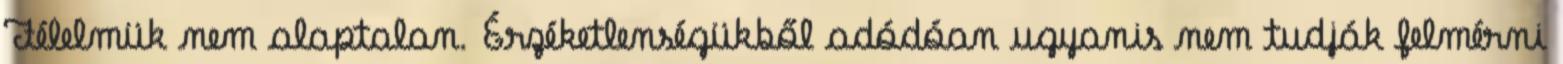
Félelmük nem alaptalan. Érzéketlenségükből adódóan ugyanis nem tudják felmérni